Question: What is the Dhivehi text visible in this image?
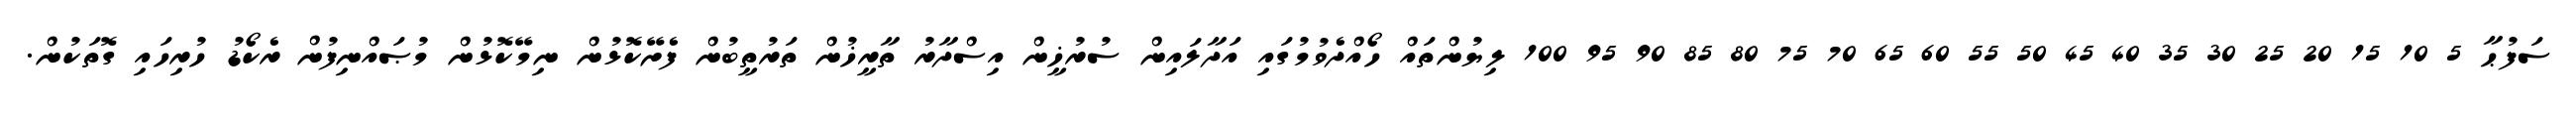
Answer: ސަފުޙާ 5 10 15 20 25 30 35 40 45 50 55 60 65 70 75 80 85 90 95 100 ލިޔުންތައް ހޯއްދެވުމުގައި އަދާލައިން ސުރުޚީން އިސްދާރު ތާރީޚުން ތަރުތީބުން ފެށޭކޮޅުން ނިމޭކޮޅުން މުޞައްނިފުން ރެކޯޑު ހުރިހައި ގޮތަކުން.